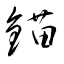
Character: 錨